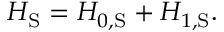
H _ { \mathrm { S } } = H _ { 0 , { \mathrm { S } } } + H _ { 1 , { \mathrm { S } } } .